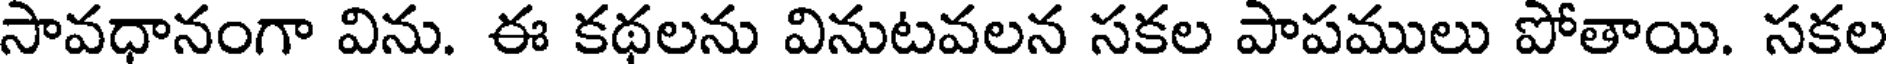
సావధానంగా విను. ఈ కథలను వినుటవలన సకల పాపములు పోతాయి. సకల